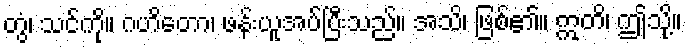
တွံ၊ သင်ကို။ ဂဟိတော၊ ဖန်းယူအပ်ပြီးသည်။ အသိ၊ ဖြစ်၏။ ဣတိ၊ ဤသို့။